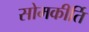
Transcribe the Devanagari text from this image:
सोमकीर्ति